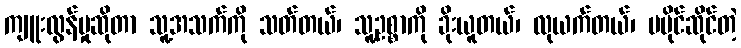
ကျူးလွန်မှုဆိုတာ သူ့အသက်ကို သတ်တယ်၊ သူ့ဥစ္စာကို ခိုးယူတယ်၊ လုယက်တယ်၊ မပိုင်ဆိုင်တဲ့